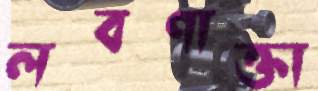
লবণাক্তা